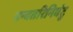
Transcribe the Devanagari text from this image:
धन्वतरिनिघंटु